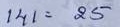
141 = 25